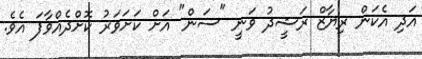
އަދި އެކަން ރިޔާޒް ރަޝީދު ވަނީ "ސަން" އަށް ކަށަވަރު ކޮށްދެއްވާފަ އެވެ.